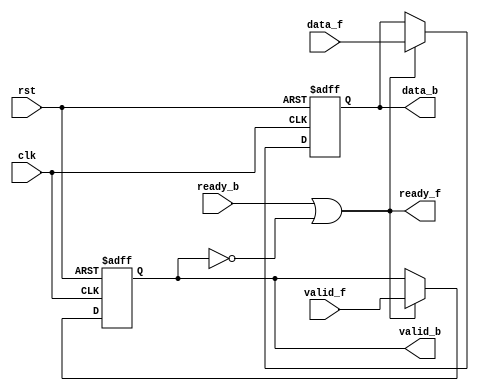
`timescale 1ns / 1ps
//////////////////////////////////////////////////////////////////////////////////
// Company: 
// Engineer: 
// 
// Design Name: 
// Module Name: forwardpipe
// Project Name: 
// Target Devices: 
// Tool Versions: 
// Description: 
// 
// Dependencies: 
// 
// Revision:
// Revision 0.01 - File Created
// Additional Comments:
// 
//////////////////////////////////////////////////////////////////////////////////


module forwardpipe #(parameter L=8)(
    input clk,
	input rst,
	
	output  ready_f,
	input valid_f,
	input [L-1:0] data_f,
	
	input  ready_b,
	output reg valid_b,
	output reg [L-1:0] data_b
	
);
always @(posedge clk or negedge rst) begin
		if (!rst)begin
			valid_b <= 1'b0;
			end
			else begin
			valid_b<=ready_f? valid_f:valid_b;
			end
		end
		always @(posedge clk or negedge rst) begin
		if (!rst)begin
			data_b <= {L{1'b0}};
			end
			else begin
			data_b<=ready_f? data_f:data_b;
			end
		end
		
assign ready_f =ready_b || ~valid_b;
endmodule